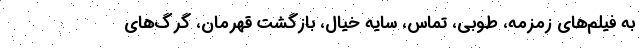
به فیلم‌های زمزمه، طوبی، تماس، سایه خیال، بازگشت قهرمان، گرگ‌های